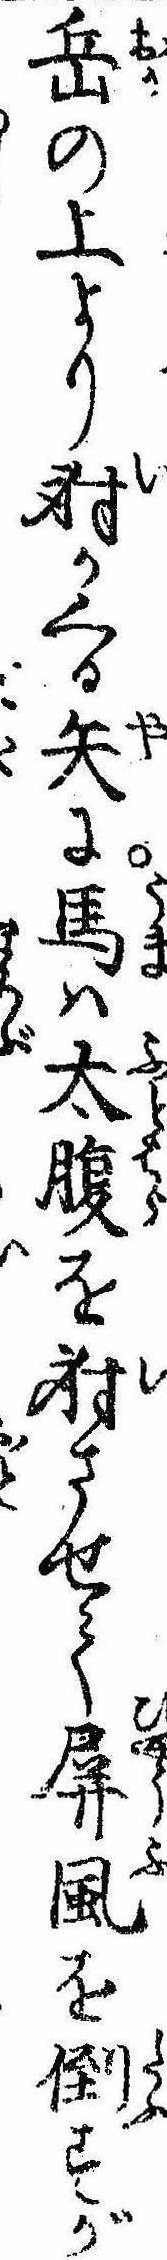
岳の上より射かくる矢に馬は太腹を射させて屏風を倒すが